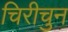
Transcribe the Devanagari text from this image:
चिरीचुन